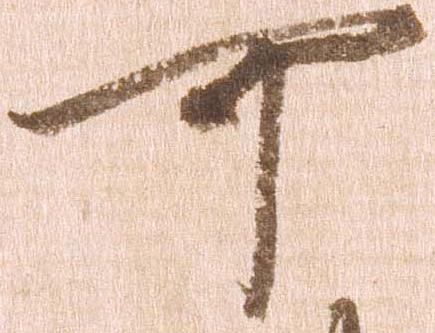
可